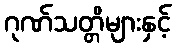
ဂုဏ်သတ္တိများနှင့်